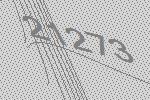
21273